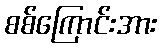
စစ်ကြောင်းအား